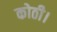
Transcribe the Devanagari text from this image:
कोठी।